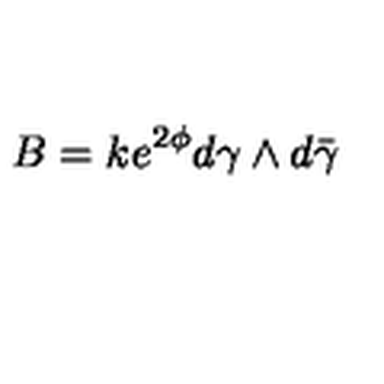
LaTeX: B = k e ^ { 2 \phi } d \gamma \wedge d \bar { \gamma }